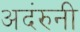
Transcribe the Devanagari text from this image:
अदंरुनी